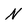
Character: N